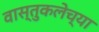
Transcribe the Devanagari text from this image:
वास्तुकलेच्या